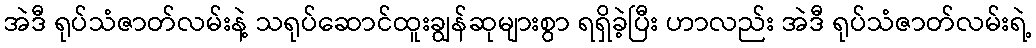
အဲဒီ ရုပ်သံဇာတ်လမ်းနဲ့ သရုပ်ဆောင်ထူးချွန်ဆုများစွာ ရရှိခဲ့ပြီး ဟာလည်း အဲဒီ ရုပ်သံဇာတ်လမ်းရဲ့